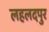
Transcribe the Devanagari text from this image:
लहलदपुर